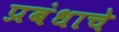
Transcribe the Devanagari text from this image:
प्रबंधाचे